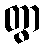
တွာ